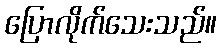
ပြောလိုက်သေးသည်။